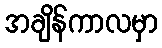
အချိန်ကာလမှာ